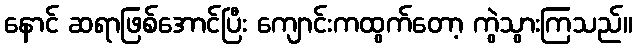
နောင် ဆရာဖြစ်အောင်ပြီး ကျောင်းကထွက်တော့ ကွဲသွားကြသည်။